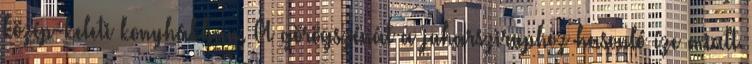
közép-keleti konyhákban. A görögszénát a juharsziruphoz hasonló íze miatt